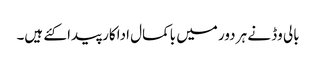
بالی وڈ نے ہر دور میں باکمال اداکار پیدا کئے ہیں۔